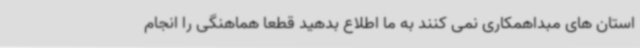
استان های مبداهمکاری نمی کنند به ما اطلاع بدهید قطعا هماهنگی را انجام